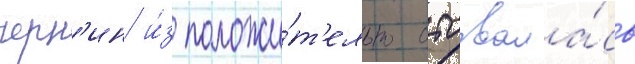
черн'ин и́з положи́т'ельно отозвала́сь